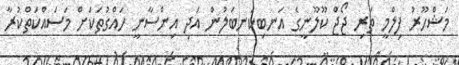
މަޝްހޫރު ފިލްމީ ތަރި ޖޯޖް ކޫލޫނީގެ އަނބިކަނބަލުން އަދި އިންސާނީ ހައްގުތަކަށް މަސައްކަތްކުރާ